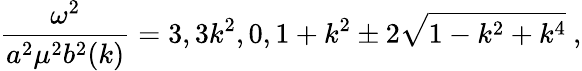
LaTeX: \frac{\omega^{2}}{a^{2}\mu^{2}b^{2}(k)}=3,3k^{2},0,1+k^{2}\pm 2\sqrt{1-k^{2}+k^{4}}~,